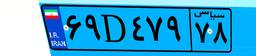
۰۰D۴۰۶۵۰